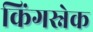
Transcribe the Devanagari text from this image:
किंगस्नेक